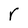
Character: r